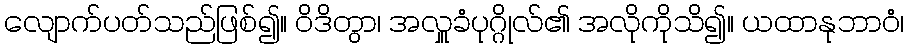
လျောက်ပတ်သည်ဖြစ်၍။ ဝိဒိတွာ၊ အလှူခံပုဂ္ဂိုလ်၏ အလိုကိုသိ၍။ ယထာနုဘာဝံ၊